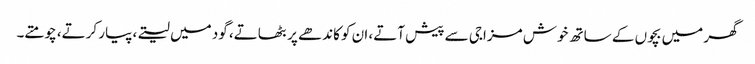
گھر میں بچوں کے ساتھ خوش مزاجی سے پیش آتے، ان کو کاندھے پر بٹھاتے، گود میں لیتے، پیار کرتے، چومتے۔